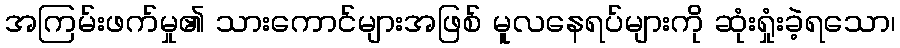
အကြမ်းဖက်မှု၏ သားကောင်များအဖြစ် မူလနေရပ်များကို ဆုံးရှုံးခဲ့ရသော၊